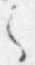
之